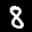
Label: 8